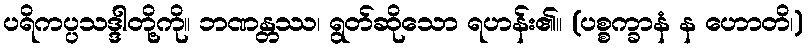
ပရိကပ္ပသဒ္ဒါတို့ကို။ ဘဏန္တဿ၊ ရွတ်ဆိုသော ရဟန်း၏။ (ပစ္စက္ခာနံ န ဟောတိ၊)